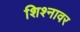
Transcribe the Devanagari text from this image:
शिश्नावर